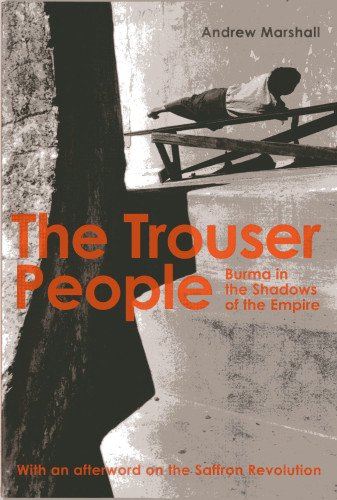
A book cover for The Trouser People: Burma in the Shadows of the Empire; Andrew Marshall; Travel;